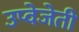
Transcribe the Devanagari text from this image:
उप्वेजेती